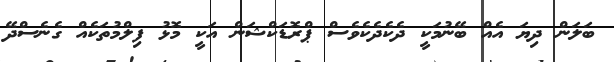
ބަލަން ދިޔަ އެއް ބޭނުމަކީ ދެކެދެކެވެސް ޕްރޮޑަކްޝަން އަކީ މޮޅު ފިލްމުތަކެއް ގެނެސްދޭ